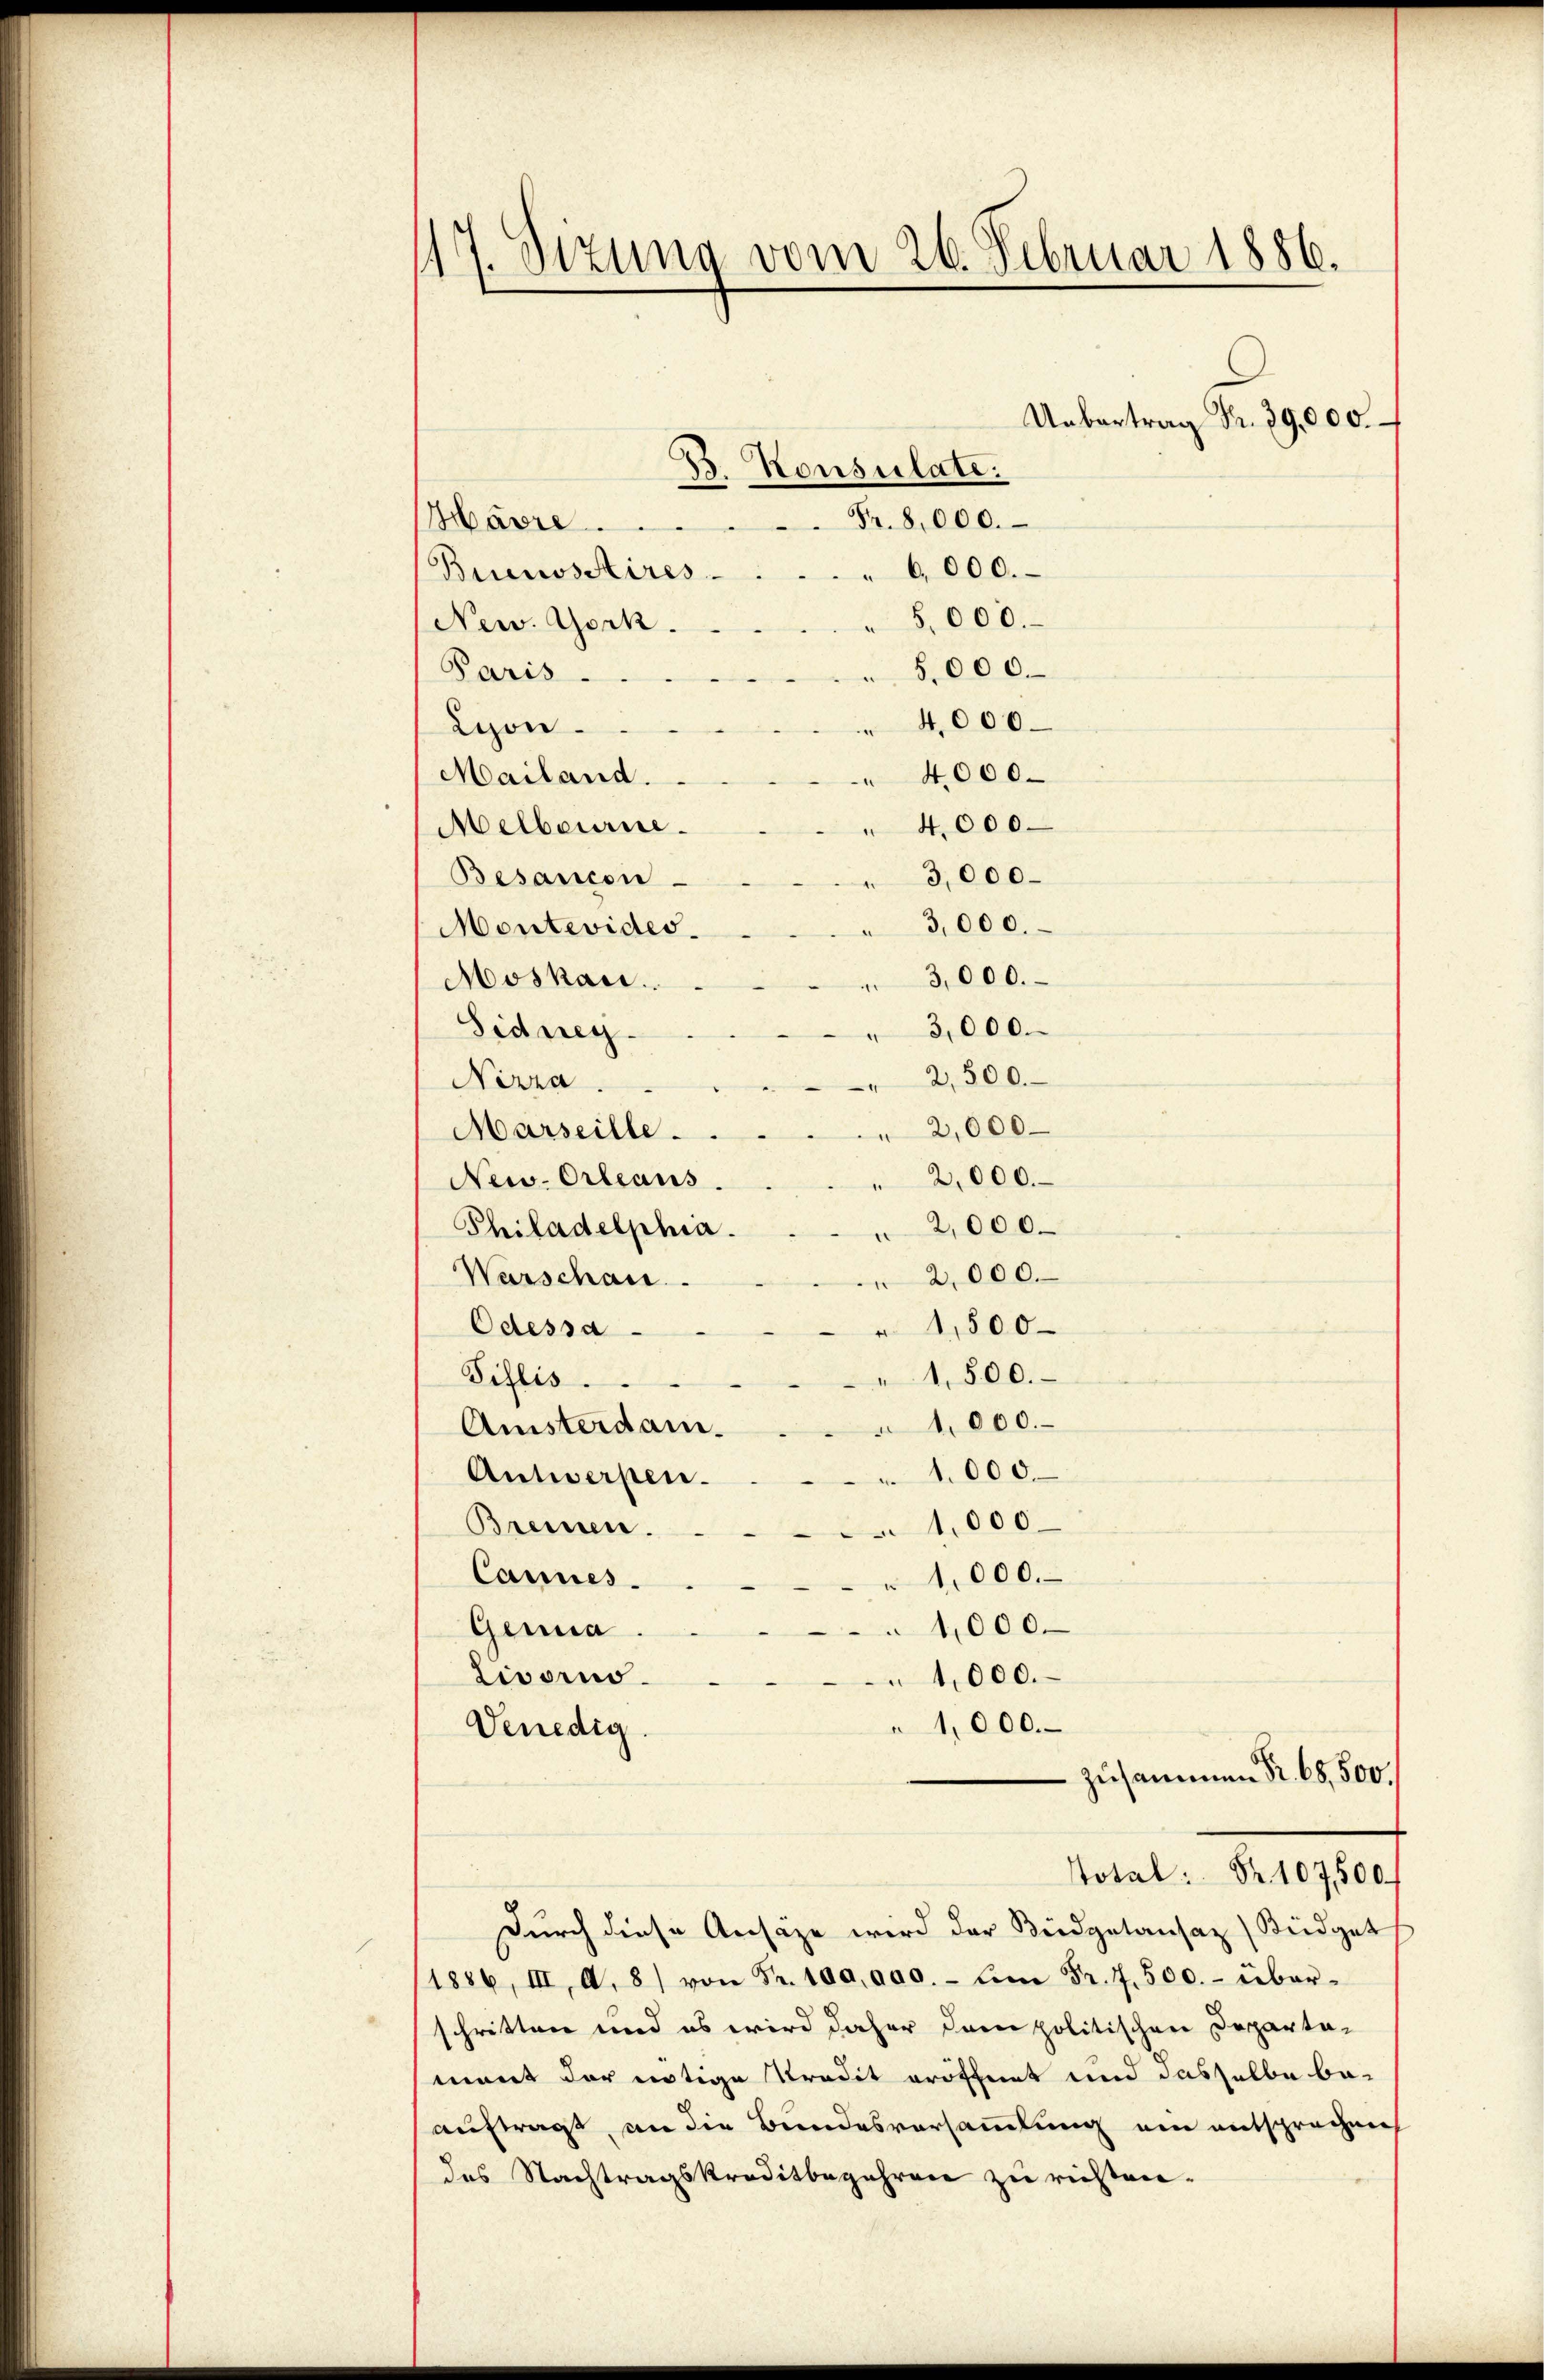
17. Sitzung vom 26. Februar 1886.
Uebertrag Fr. 39,000
B. Konsulate:

Fr. 8000.
Havre ....
6,000.
Buenossstires.
5,000.
New York.
5.000.
Paris.
 4,000.
Lyon
Mailand.
" 4000.
4,000
Melbourne.
Besancon
3,000.
"3,000.
Montevides.
Moskau
Sidneg.
" 3,000.
Nirra.
2,000.
Marseille.
New-Orleans
" 2,000.
2,000.
Philadelphia.
2,000.
Warschan.
1,500
Odessa
1,500.
Siflis.
1,000.
Amsterdam.
1.000.
Antwerpen.
1,000.
Brennen.
Cannes.
1,000.
1,000.
Genua
Livorno.
1,000.
1,000.
Venedig
 zusammen Nr. 68,500.
Total: Fr. 107,500
Durch diese Ansähe wird der Beidgetansaz Keidget
1886, III, A. 8) von Fr. 100,000.- Am Fr. 7. 500.- über-
schritten und es wird daher dann politischen Departa-
ment der nötige Predit eröffnet und dasselbe be-
auftragt, an die Bundesvorsammlung ein entsprechen
das Nachtragskreditbegehren zu richten¬

3,000.
2,500.